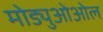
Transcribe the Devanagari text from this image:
मोड्युओओल